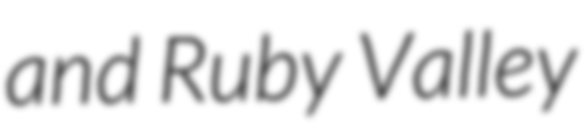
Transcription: and Ruby Valley